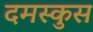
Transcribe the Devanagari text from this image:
दमस्कुस